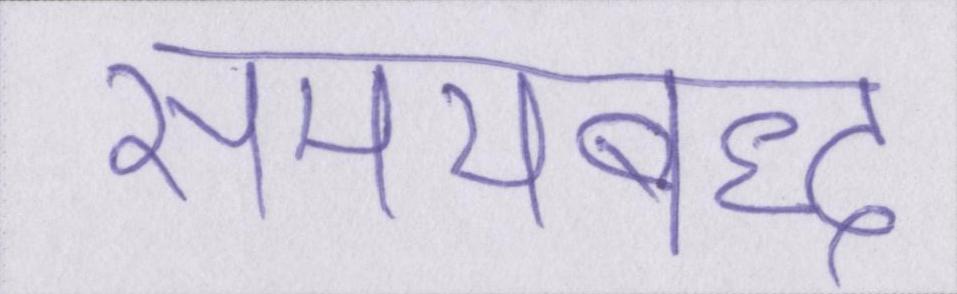
समयबद्ध